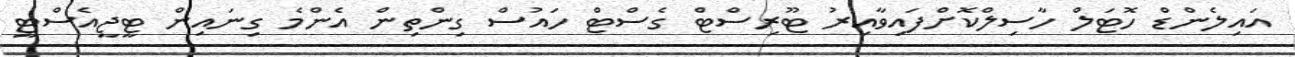
އައިލެންޑް ހޮޓަލް ހާސިލްކޮށްފައިވާއިރު ޓޫރިސްޓް ގެސްޓް ހައުސް ގިންތިން އެންމެ ގިނައިން ޓީޖީއެސްޓީ